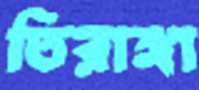
তিরাঙ্গা